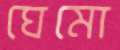
ঘেমো